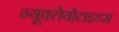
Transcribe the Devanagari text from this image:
न्यूक्लेयोटाइडस